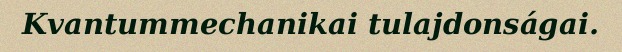
Kvantummechanikai tulajdonságai.